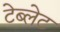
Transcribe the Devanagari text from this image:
टेब्लेट